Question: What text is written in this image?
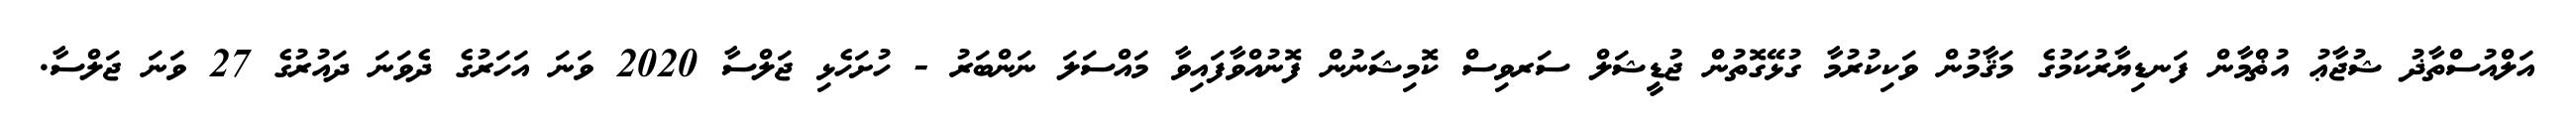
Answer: އަލްއުސްތާޛު ޝުޖާޢު އުޡްމާން ފަނޑިޔާރުކަމުގެ މަޤާމުން ވަކިކުރުމާ ގުޅޭގޮތުން ޖުޑީޝަލް ސަރވިސް ކޮމިޝަނުން ފޮނުއްވާފައިވާ މައްސަލަ ނަންބަރު - ހުށަހެޅި ޖަލްސާ 2020 ވަނަ އަހަރުގެ ދެވަނަ ދައުރުގެ 27 ވަނަ ޖަލްސާ.